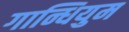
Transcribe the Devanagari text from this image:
गान्धियुम